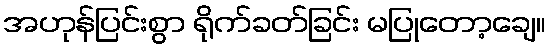
အဟုန်ပြင်းစွာ ရိုက်ခတ်ခြင်း မပြုတော့ချေ။